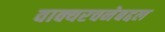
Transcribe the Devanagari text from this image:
वाक्यरचनेबद्दल